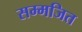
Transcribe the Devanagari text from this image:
सम्मजित